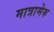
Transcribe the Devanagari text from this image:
मात्रामेरु